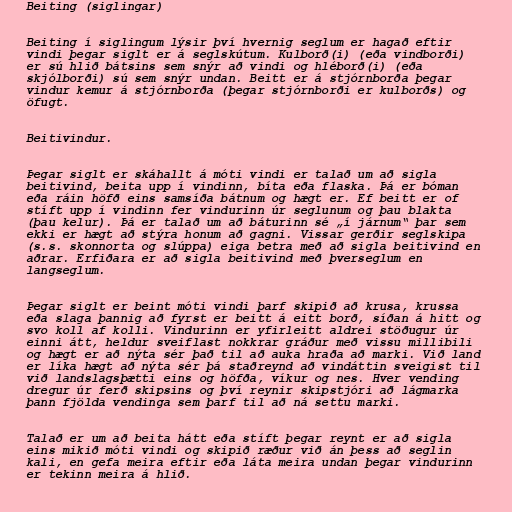
Beiting (siglingar)

Beiting í siglingum lýsir því hvernig seglum er hagað eftir
vindi þegar siglt er á seglskútum. Kulborð(i) (eða vindborði)
er sú hlið bátsins sem snýr að vindi og hléborð(i) (eða
skjólborði) sú sem snýr undan. Beitt er á stjórnborða þegar
vindur kemur á stjórnborða (þegar stjórnborði er kulborðs) og
öfugt.

Beitivindur.

Þegar siglt er skáhallt á móti vindi er talað um að sigla
beitivind, beita upp í vindinn, bíta eða flaska. Þá er bóman
eða ráin höfð eins samsíða bátnum og hægt er. Ef beitt er of
stíft upp í vindinn fer vindurinn úr seglunum og þau blakta
(þau kelur). Þá er talað um að báturinn sé „í járnum“ þar sem
ekki er hægt að stýra honum að gagni. Vissar gerðir seglskipa
(s.s. skonnorta og slúppa) eiga betra með að sigla beitivind en
aðrar. Erfiðara er að sigla beitivind með þverseglum en
langseglum.

Þegar siglt er beint móti vindi þarf skipið að krusa, krussa
eða slaga þannig að fyrst er beitt á eitt borð, síðan á hitt og
svo koll af kolli. Vindurinn er yfirleitt aldrei stöðugur úr
einni átt, heldur sveiflast nokkrar gráður með vissu millibili
og hægt er að nýta sér það til að auka hraða að marki. Við land
er líka hægt að nýta sér þá staðreynd að vindáttin sveigist til
við landslagsþætti eins og höfða, víkur og nes. Hver vending
dregur úr ferð skipsins og því reynir skipstjóri að lágmarka
þann fjölda vendinga sem þarf til að ná settu marki.

Talað er um að beita hátt eða stíft þegar reynt er að sigla
eins mikið móti vindi og skipið ræður við án þess að seglin
kali, en gefa meira eftir eða láta meira undan þegar vindurinn
er tekinn meira á hlið.